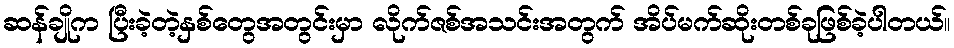
ဆန်ချိုက ပြီးခဲ့တဲ့နှစ်တွေအတွင်းမှာ လိုက်ဇစ်အသင်းအတွက် အိပ်မက်ဆိုးတစ်ခုဖြစ်ခဲ့ပါတယ်။